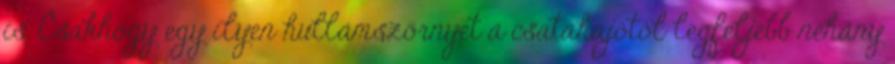
is. Csakhogy egy ilyen hullámszörnyet a csatahajótól legfeljebb néhány